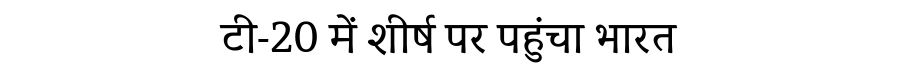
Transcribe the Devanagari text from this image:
टी-20 में शीर्ष पर पहुंचा भारत